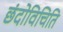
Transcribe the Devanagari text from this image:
छंदोविचिति